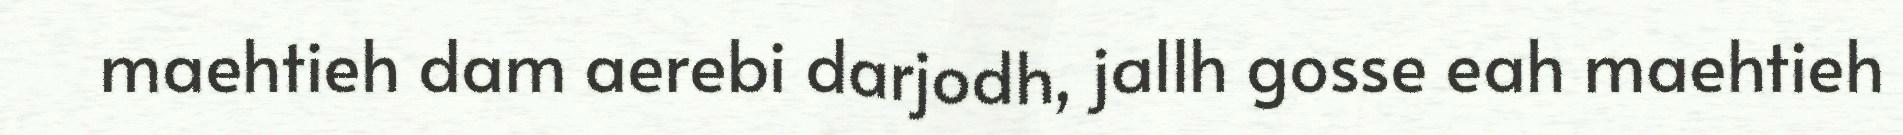
maehtieh dam aerebi darjodh, jallh gosse eah maehtieh